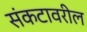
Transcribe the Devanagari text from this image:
संकटावरील